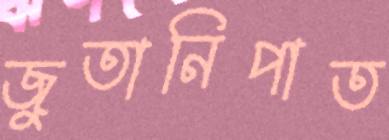
জুতানিপাত